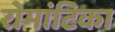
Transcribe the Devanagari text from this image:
रोमांटिका